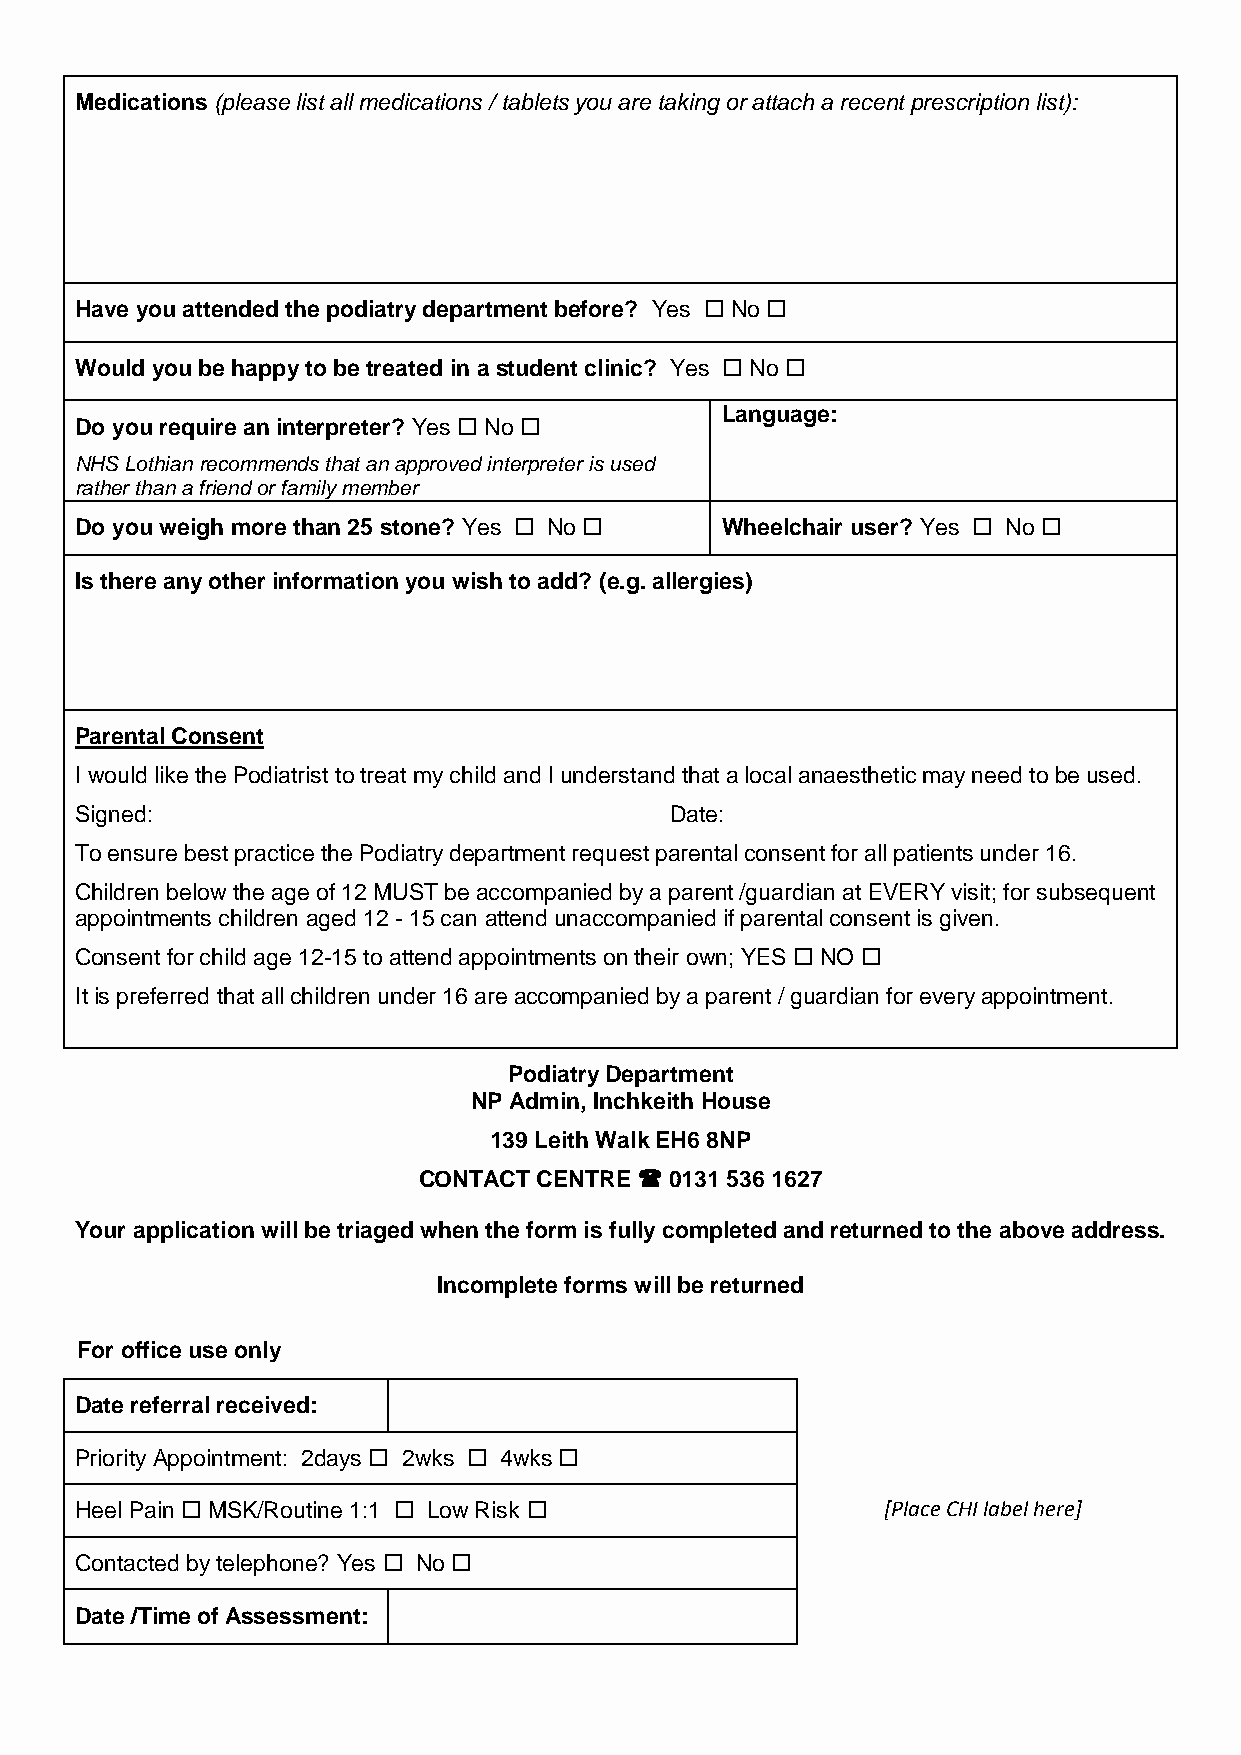
Medications (please list all medications / tablets you are taking or attach a recent prescription list):
 Have you attended the podiatry department before? Yes  No 
 Would you be happy to be treated in a student clinic? Yes  No 
 Language:
 Do you require an interpreter? Yes  No 
 NHS Lothian recommends that an approved interpreter is used
 rather than a friend or family member
 Do you weigh more than 25 stone? Yes  No  Wheelchair user? Yes  No 
 Is there any other information you wish to add? (e.g. allergies)
 Parental Consent
 I would like the Podiatrist to treat my child and I understand that a local anaesthetic may need to be used.
 Signed:                                Date:
 To ensure best practice the Podiatry department request parental consent for all patients under 16.
 Children below the age of 12 MUST be accompanied by a parent /guardian at EVERY visit; for subsequent
 appointments children aged 12 - 15 can attend unaccompanied if parental consent is given.
 Consent for child age 12-15 to attend appointments on their own; YES  NO 
 It is preferred that all children under 16 are accompanied by a parent / guardian for every appointment.
 Podiatry Department
 NP Admin, Inchkeith House
 139 Leith Walk EH6 8NP
 CONTACT CENTRE  0131 536 1627
 Your application will be triaged when the form is fully completed and returned to the above address.
 Incomplete forms will be returned
 For office use only
 Date referral received:
 Priority Appointment: 2days  2wks  4wks 
 Heel Pain  MSK/Routine 1:1  Low Risk               [Place CHI label here]
 Contacted by telephone? Yes  No 
 Date /Time of Assessment: